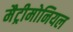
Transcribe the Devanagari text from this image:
मैट्रीमोनियल